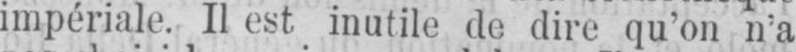
impériale. Il est inutile de dire qu’on n’a